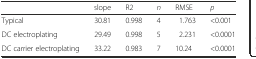
|  | slope | R2 | n | RMSE | p |
 | --- | --- | --- | --- | --- | --- |
 | Typical | 30.81 | 0.998 | 4 | 1.763 | <0.001 |
 | DC electroplating | 29.49 | 0.998 | 5 | 2.231 | <0.0001 |
 | DC carrier electroplating | 33.22 | 0.983 | 7 | 10.24 | <0.0001 |